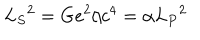
L _ { S } { } ^ { 2 } = G e ^ { 2 } / c ^ { 4 } = \alpha L _ { P } { } ^ { 2 }